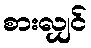
စားလျှင်